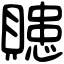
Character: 贃